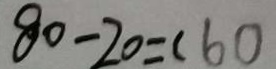
8 0 - 2 0 = ( 6 0